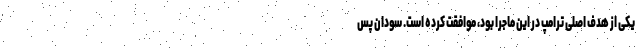
یکی از هدف اصلی ترامپ در این ماجرا بود، موافقت کرده است. سودان پس